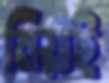
মিয়াই